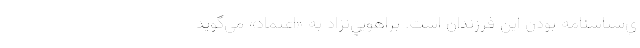
ي‌شناسنامه بودن اين فرزندان است. براهويي‌نژاد به «اعتماد» مي‌گويد